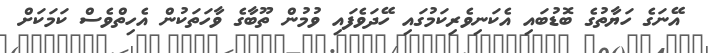
އޭނަގެ ހަޔާތުގެ ބޮޑުބައި އެކަނިވެރިކަމުގައި ހޭދަވެފައި ވުމުން ތޫބާގެ ވާހަތަކުން އެހިތްވެސް ކަމަކަށް